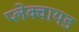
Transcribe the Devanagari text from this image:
प्लेक्वायड